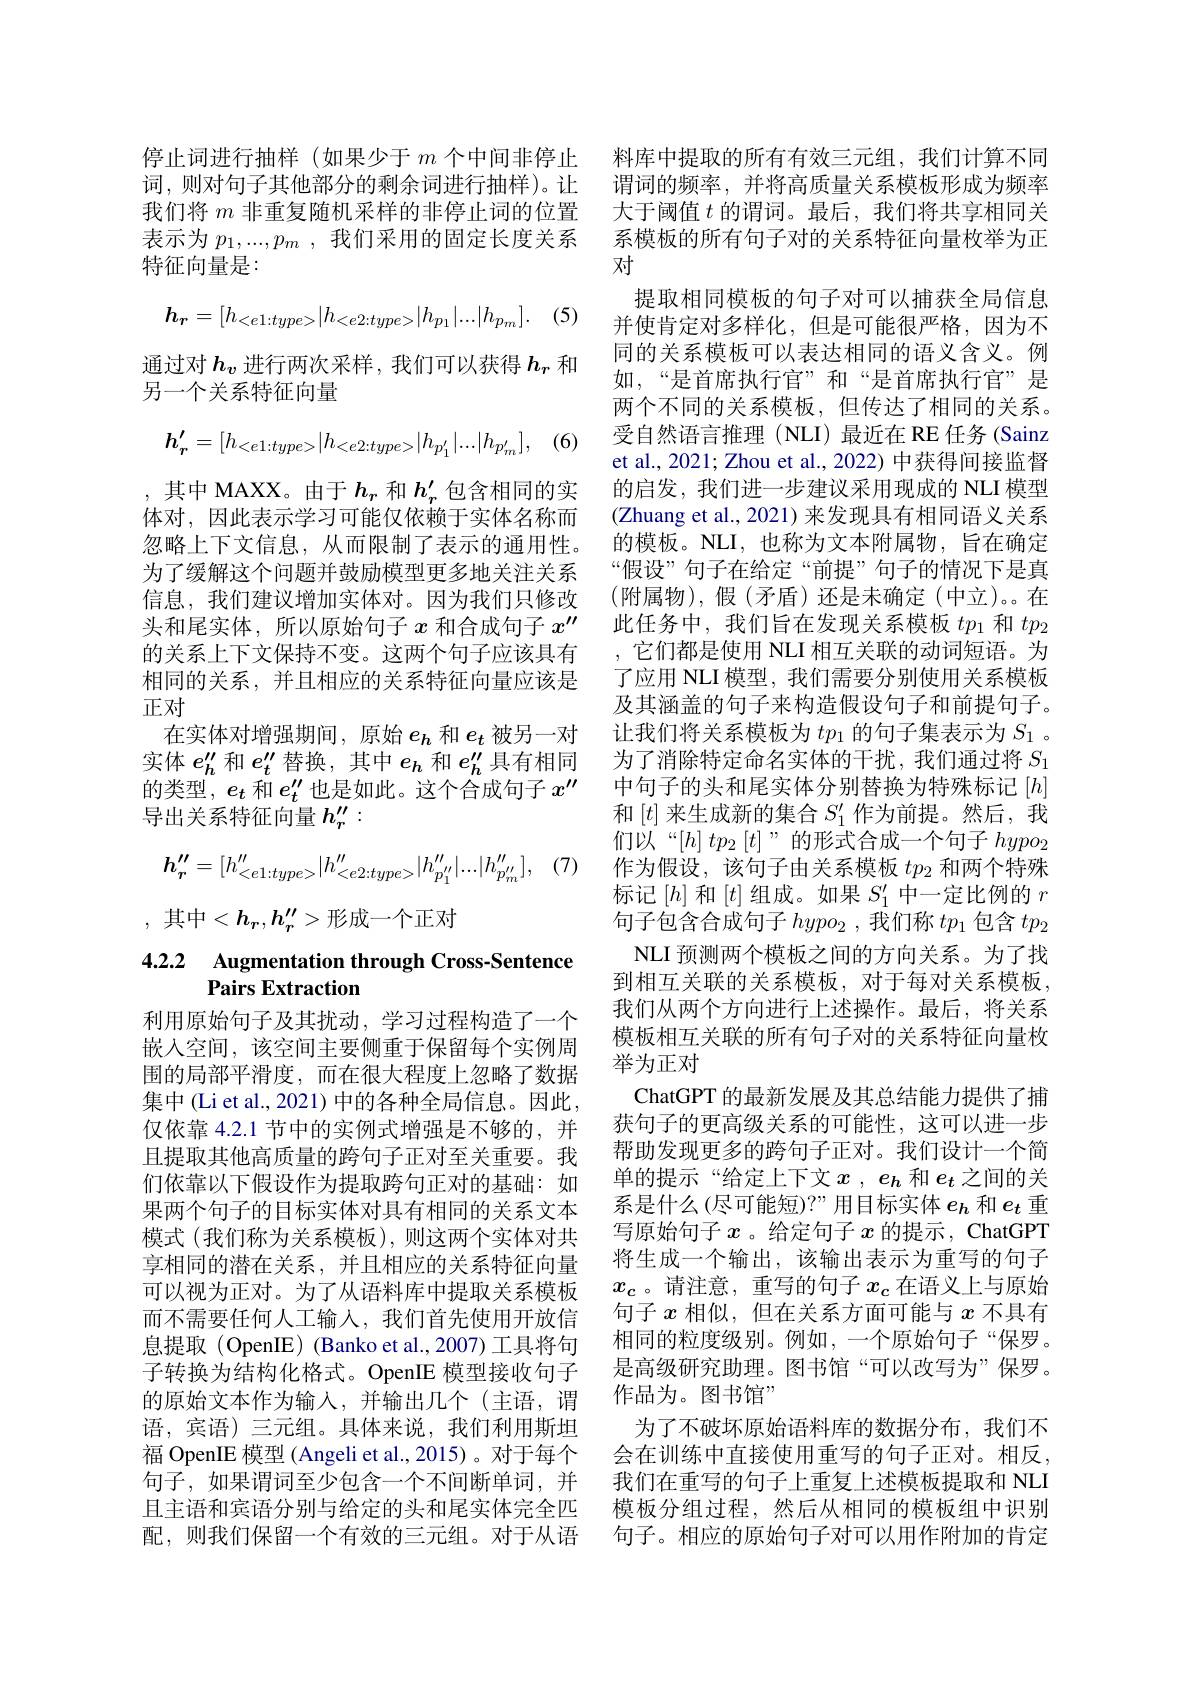
停止词进行抽样 (如果少于$m$个中间非停止 料库中提取的所有有效三元组，我们计算不同词，则对句子其他部分的剩余词进行抽样)。让 谓词的频率，并将高质量关系模板形成为频率我们将$m$非重复随机采样的非停止词的位置 大于阈值$t$的谓词。最后，我们将共享相同关表示为$p_1,...,p_m$,我们采用的固定长度关系
特征向量是：
$$h_{\boldsymbol{r}}=[h_{<e1:type>}|h_{<e2:type>}|h_{p_{1}}|...|h_{p_{m}}].$$
通过对$h_v$进行两次采样，我们可以获得$h_r$和
另一个关系特征向量
$$h_{r}'=[h_{<e1:type>}|h_{<e2:type>}|h_{p_{1}'}|...|h_{p_{m}'}],$$
(6)

,其中 MAXX。由于$h_r$和$h_r^{\prime}$包含相同的实体对，因此表示学习可能仅依赖于实体名称而忽略上下文信息，从而限制了表示的通用性。为了缓解这个问题并鼓励模型更多地关注关系信息，我们建议增加实体对。因为我们只修改头和尾实体，所以原始句子$x$和合成句子$x^{\prime\prime}$ 的关系上下文保持不变。这两个句子应该具有相同的关系，并且相应的关系特征向量应该是正对
在实体对增强期间，原始$e_{h}$和$e_t$被另一对实体$e_h^{\prime\prime}$和$e_t^{\prime\prime}$替换，其中$e_h$和$e_h^{\prime\prime}$具有相同的类型，$e_t$和$e_t^\prime\prime$也是如此。这个合成句子$x^\prime\prime$ 导出关系特征向量$h_r^{\prime\prime}:$
$$h_{r}''=[h_{<e1:type>}^{\prime\prime}|h_{<e2:type>}^{\prime\prime}|h_{p_{1}^{\prime\prime}}^{\prime\prime}|...|h_{p_{m}^{\prime\prime}}^{\prime\prime}],$$
(7)

, 其中$<h_r,h_r^{\prime\prime}>$形成一个正对

## 4.2.2 Augmentation through Cross-Sentence Pairs Extraction

利用原始句子及其扰动，学习过程构造了一个嵌入空间，该空间主要侧重于保留每个实例周围的局部平滑度，而在很大程度上忽略了数据集中(Li et al., 2021) 中的各种全局信息。因此， 仅依靠 4.2.1 节中的实例式增强是不够的，并且提取其他高质量的跨句子正对至关重要。我们依靠以下假设作为提取跨句正对的基础：如果两个句子的目标实体对具有相同的关系文本模式 (我们称为关系模板),则这两个实体对共享相同的潜在关系，并且相应的关系特征向量可以视为正对。为了从语料库中提取关系模板而不需要任何人工输入，我们首先使用开放信息提取(OpenIE)(Banko et al.,2007)工具将句子转换为结构化格式。OpenIE 模型接收句子的原始文本作为输入，并输出几个(主语，谓语，宾语) 三元组。具体来说，我们利用斯坦

系模板的所有句子对的关系特征向量枚举为正
对
提取相同模板的句子对可以捕获全局信息并使肯定对多样化，但是可能很严格，因为不同的关系模板可以表达相同的语义含义。例如，“是首席执行官”和“是首席执行官”是两个不同的关系模板，但传达了相同的关系。受自然语言推理(NLI)最近在 RE 任务 (Sainz et al., 2021; Zhou et al., 2022) 中获得间接监督的启发，我们进一步建议采用现成的 NLI 模型(Zhuang et al., 2021) 来发现具有相同语义关系的模板。NLI,也称为文本附属物，旨在确定“假设”句子在给定“前提”句子的情况下是真(附属物),假(矛盾)还是未确定(中立)。在此任务中，我们旨在发现关系模板$tp_1$和$tp_2$ ,它们都是使用 NLI 相互关联的动词短语。为了应用 NLI 模型，我们需要分别使用关系模板及其涵盖的句子来构造假设句子和前提句子。让我们将关系模板为$tp_1$的句子集表示为$S_1$ 。为了消除特定命名实体的干扰，我们通过将$S_{1}$ 中句子的头和尾实体分别替换为特殊标记$[h]$ 和$[t]$来生成新的集合$S_1^\prime$作为前提。然后，我们以“$[h]tp_2\left[t\right]$”的形式合成一个句子$hypo_2$ 作为假设，该句子由关系模板$tp_2$和两个特殊标记$[h]$和$[t]$组成。如果$S_1^\prime$中一定比例的$r$ 句子包含合成句子$hypo_2$ ,我们称$tp_1$包含$tp_2$
NLI 预测两个模板之间的方向关系。为了找到相互关联的关系模板，对于每对关系模板， 我们从两个方向进行上述操作。最后，将关系模板相互关联的所有句子对的关系特征向量枚举为正对
ChatGPT 的最新发展及其总结能力提供了捕获句子的更高级关系的可能性，这可以进一步帮助发现更多的跨句子正对。我们设计一个简单的提示“给定上下文$x$ , $e_h$和$e_t$之间的关系是什么(尽可能短)?”用目标实体$e_h$ 和$e_t$ 重写原始句子$x$ 。给定句子$x$的提示，ChatGPT 将生成一个输出，该输出表示为重写的句子$x_c$。请注意，重写的句子$x_c$在语义上与原始句子$x$相似，但在关系方面可能与$x$不具有相同的粒度级别。例如，一个原始句子“保罗。是高级研究助理。图书馆“可以改写为”保罗。作品为。图书馆”
为了不破坏原始语料库的数据分布，我们不
福 OpenIE 模型 (Angeli et al.,2015)。对于每个 会在训练中直接使用重写的句子正对。相反， 句子，如果谓词至少包含一个不间断单词，并 我们在重写的句子上重复上述模板提取和 NLI 且主语和宾语分别与给定的头和尾实体完全匹 模板分组过程，然后从相同的模板组中识别配，则我们保留一个有效的三元组。对于从语 句子。相应的原始句子对可以用作附加的肯定